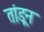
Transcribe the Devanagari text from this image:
तांडून